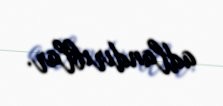
adlandırıblar.